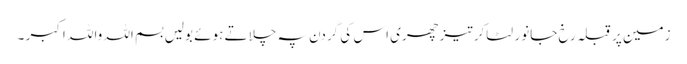
زمین پر قبلہ رخ جانور لٹاکر تیزچھری اس کی گردن پہ چلاتے ہوئے بولیں بسم اللہ واللہ اکبر ۔